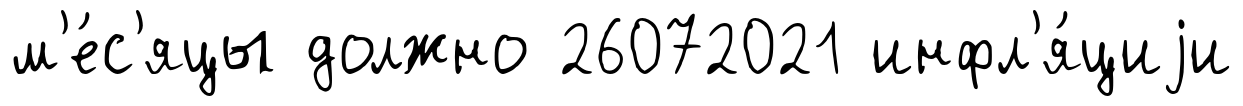
м'е́с'яцы должно 26072021 инфл'я́циjи